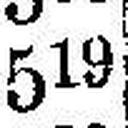
519